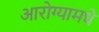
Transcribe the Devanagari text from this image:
आरोग्यामधे